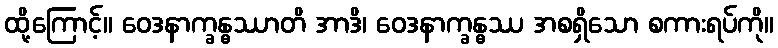
ထို့ကြောင့်။ ဝေဒနာက္ခန္ဓဿာတိ အာဒိ၊ ဝေဒနာက္ခန္ဓဿ အစရှိသော စကားရပ်ကို။